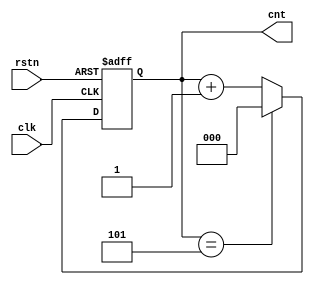
// This program was cloned from: https://github.com/flyjancy/CortexM0_SoC_Task
// License: MIT License

module counter(
    input               clk,
    input               rstn,
    output  reg  [2:0]  cnt
); 

always@(posedge clk, negedge rstn) begin
    if (!rstn) begin
        cnt <= 0;
    end else begin
        if (cnt == 3'b101) begin
            cnt <= 0;
        end else begin
            cnt <= cnt + 1'b1;
        end
    end
end

endmodule